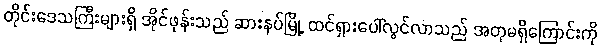
တိုင်းဒေသကြီးများရှိ အိုင်ဖုန်းသည် ဆားနပ်မြို့ ထင်ရှားပေါ်လွင်လာသည် အတုမရှိကြောင်းကို